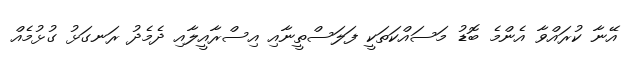
އޭނާ ކުރައްވާ އެންމެ ބޮޑު މަސައްކަތަކީ ފަލަސްތީނާއި އިސްރާއީލާއި ދެމެދު ރަނގަޅު ގުޅުމެއް